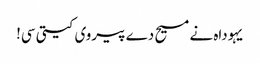
یہوداہ نے مسیح دے پیروی کیتی سی!